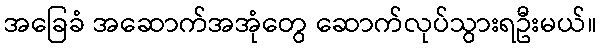
အခြေခံ အဆောက်အအုံတွေ ဆောက်လုပ်သွားရဦးမယ်။